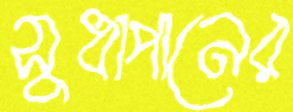
সুধাপানের